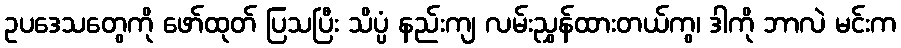
ဥပဒေသတွေကို ဖော်ထုတ် ပြသပြီး သိပ္ပံ နည်းကျ လမ်းညွှန်ထားတယ်ကွ၊ ဒါကို ဘာလဲ မင်းက